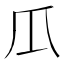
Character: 𤓰